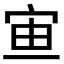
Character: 𡧹